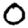
Digit: 0